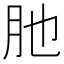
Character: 肔